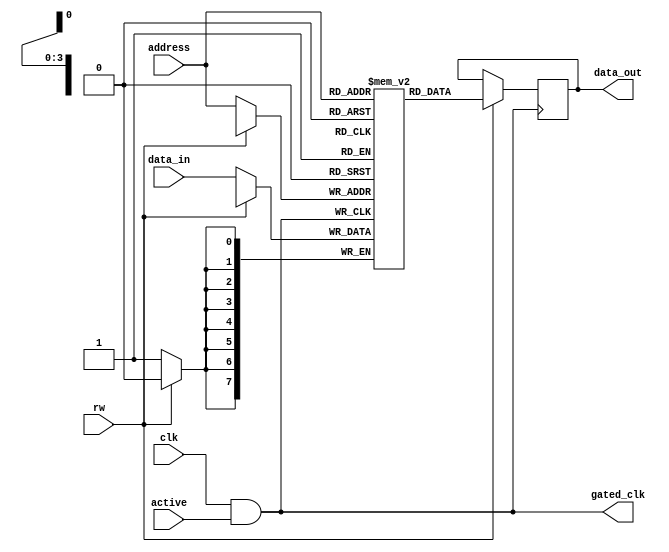
module memory_block (
    input wire clk,               // Main clock
    input wire [3:0] address,     // Address bus
    input wire [7:0] data_in,     // Data input
    output reg [7:0] data_out,    // Data output
    input wire rw,                // Read (1) / Write (0)
    input wire active,            // Indicates whether memory is active
    output reg gated_clk          // Gated clock output for memory
);
    
    // Memory array declaration (for example: 16 x 8 bits)
    reg [7:0] mem_array [0:15];
    
    // Clock gating logic
    always @(*) begin
        gated_clk = clk & active; // Gated clock is the main clock AND active signal
    end
    
    // Memory operations
    always @(posedge gated_clk) begin
        if (~rw) begin
            // Write operation
            mem_array[address] <= data_in;
        end else begin
            // Read operation
            data_out <= mem_array[address];
        end
    end

endmodule